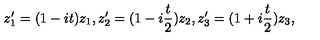
z _ { 1 } ^ { \prime } = ( 1 - i t ) z _ { 1 } , z _ { 2 } ^ { \prime } = ( 1 - i \frac { t } { 2 } ) z _ { 2 } , z _ { 3 } ^ { \prime } = ( 1 + i \frac { t } { 2 } ) z _ { 3 } ,